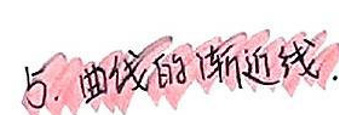
5. 曲线的渐近线.